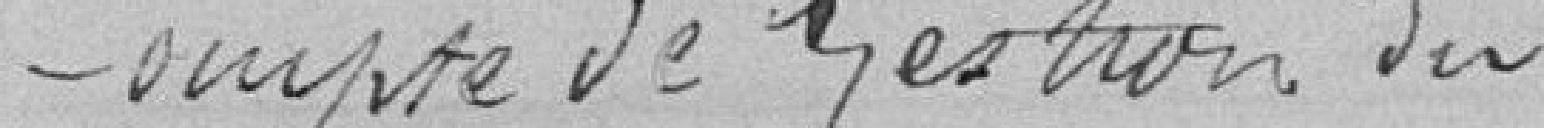
Compte de Gestion du